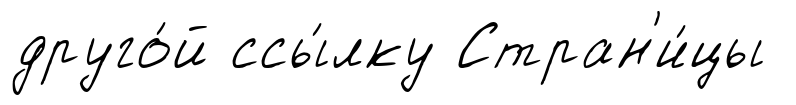
друго́й ссы́лку Стран'и́цы